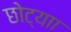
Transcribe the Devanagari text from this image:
छोट्याा